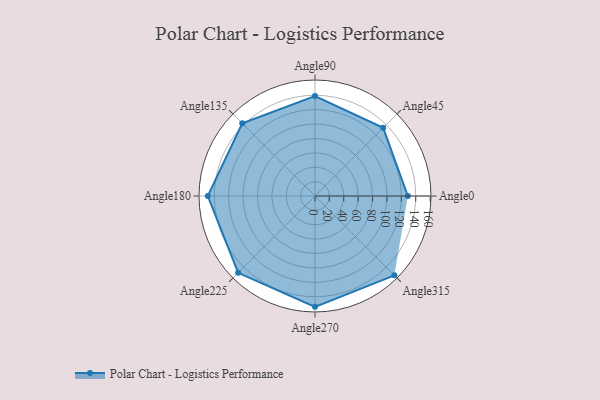
{"axis": {"x": "Angle", "y": "Radius"}, "legend": [""], "data": [{"x": "Angle0", "y": 129.0, "type": ""}, {"x": "Angle45", "y": 134.0, "type": ""}, {"x": "Angle90", "y": 139.0, "type": ""}, {"x": "Angle135", "y": 143.0, "type": ""}, {"x": "Angle180", "y": 149.0, "type": ""}, {"x": "Angle225", "y": 151.0, "type": ""}, {"x": "Angle270", "y": 154.0, "type": ""}, {"x": "Angle315", "y": 156.0, "type": ""}]}